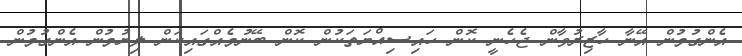
އެންގުމުން އޭނާ ހާޒިރުވާން ޖެހެނީ ކޮން ހައިސިއްޔަތަކުން ކޮން ބޭނުމެއްގައިކަން ލިޔުމުން އެންގުމުން